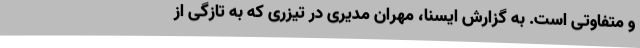
و متفاوتی است. به گزارش ایسنا، مهران مدیری در تیزری که به‌ تازگی از